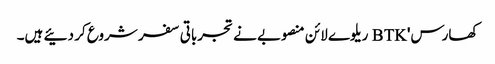
کھارس' BTK ریلوے لائن منصوبے نے تجرباتی سفر شروع کر دئیے ہیں۔